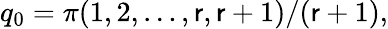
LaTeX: q_{0}=\pi(1,2,\ldots,\mathsf{r},\mathsf{r}+1)/(\mathsf{r}+1),